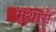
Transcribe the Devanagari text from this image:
मुथास